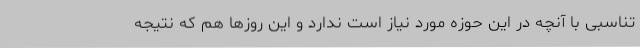
تناسبی با آنچه در این حوزه مورد نیاز است ندارد و این روزها هم که نتیجه